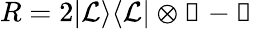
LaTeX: R=2\vert\mathcal{L}\rangle\langle\mathcal{L}\vert\otimes\mathbb{1}-\mathbb{1}